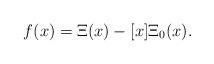
LaTeX: \begin{align*}f(x)=\Xi (x)-[x]\Xi_{0}(x).\end{align*}